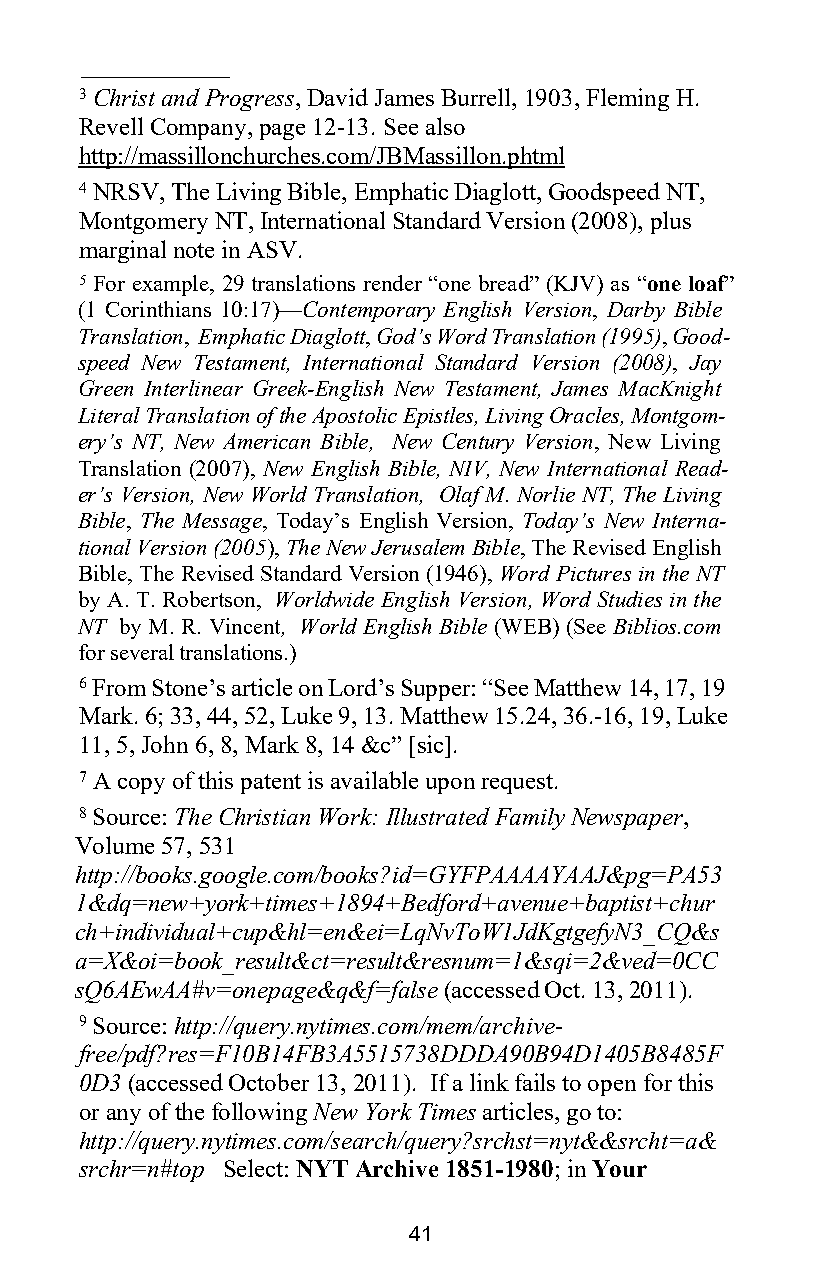
3 Christ and Progress, David James Burrell, 1903, Fleming H.
 Revell Company, page 12-13. See also
 http://massillonchurches.com/JBMassillon.phtml
 4 NRSV, The Living Bible, Emphatic Diaglott, Goodspeed NT,
 Montgomery NT, International Standard Version (2008), plus
 marginal note in ASV.
 5 For example, 29 translations render “one bread” (KJV) as “one loaf”
 (1 Corinthians 10:17)—Contemporary English Version, Darby Bible
 Translation, Emphatic Diaglott, God’s Word Translation (1995), Good-
 speed New Testament, International Standard Version (2008), Jay
 Green Interlinear Greek-English New Testament, James MacKnight
 Literal Translation of the Apostolic Epistles, Living Oracles, Montgom-
 ery’s NT, New American Bible, New Century Version, New Living
 Translation (2007), New English Bible, NIV, New International Read-
 er’s Version, New World Translation, Olaf M. Norlie NT, The Living
 Bible, The Message, Today’s English Version, Today’s New Interna-
 tional Version (2005), The New Jerusalem Bible, The Revised English
 Bible, The Revised Standard Version (1946), Word Pictures in the NT
 by A. T. Robertson, Worldwide English Version, Word Studies in the
 NT by M. R. Vincent, World English Bible (WEB) (See Biblios.com
 for several translations.)
 6 From Stone’s article on Lord’s Supper: “See Matthew 14, 17, 19
 Mark. 6; 33, 44, 52, Luke 9, 13. Matthew 15.24, 36.-16, 19, Luke
 11, 5, John 6, 8, Mark 8, 14 &c” [sic].
 7 A copy of this patent is available upon request.
 8 Source: The Christian Work: Illustrated Family Newspaper,
 Volume 57, 531
 http://books.google.com/books?id=GYFPAAAAYAAJ&pg=PA53
 1&dq=new+york+times+1894+Bedford+avenue+baptist+chur
 ch+individual+cup&hl=en&ei=LqNvToW1JdKgtgefyN3_CQ&s
 a=X&oi=book_result&ct=result&resnum=1&sqi=2&ved=0CC
 sQ6AEwAA#v=onepage&q&f=false (accessed Oct. 13, 2011).
 9 Source: http://query.nytimes.com/mem/archive-
 free/pdf?res=F10B14FB3A5515738DDDA90B94D1405B8485F
 0D3 (accessed October 13, 2011). If a link fails to open for this
 or any of the following New York Times articles, go to:
 http://query.nytimes.com/search/query?srchst=nyt&&srcht=a&
 srchr=n#top Select: NYT Archive 1851-1980; in Your
 41